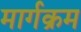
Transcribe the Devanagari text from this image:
मार्गक्रम